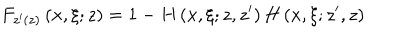
F _ { z ^ { \prime } ( z ) } \left( x , \xi ; z \right) = 1 - H \left( x , \xi ; z , z ^ { \prime } \right) H \left( x , \xi ; z ^ { \prime } , z \right)